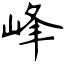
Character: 峰